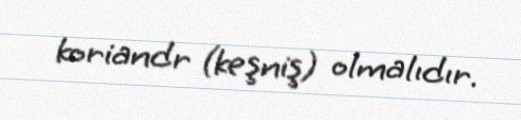
koriandr (keşniş) olmalıdır.